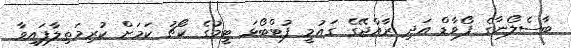
ބާސެލޯނާގެ ފޯވާޑް އަދި ރާއްޖޭގެ ގައުމީ ފުޓްބޯޅަ ޓީމުގެ ކޯޗު ކަމަށް ކުރިމަތިލާފައިވާ